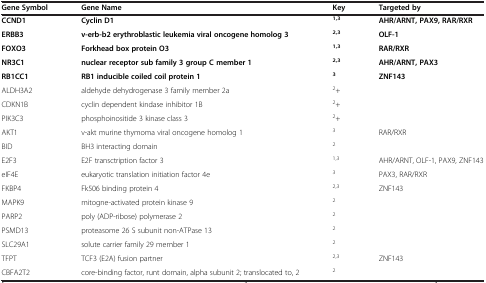
| Gene Symbol | Gene Name | Key | Targeted by |
 | --- | --- | --- | --- |
 | CCND1 | Cyclin D1 | 1,3 | AHR/ARNT, PAX9, RAR/RXR |
 | ERBB3 | v-erb-b2 erythroblastic leukemia viral oncogene homolog 3 | 2,3 | OLF-1 |
 | FOXO3 | Forkhead box protein O3 | 1,3 | RAR/RXR |
 | NR3C1 | nuclear receptor sub family 3 group C member 1 | 2,3 | AHR/ARNT, PAX3 |
 | RB1CC1 | RB1 inducible coiled coil protein 1 | 3 | ZNF143 |
 | ALDH3A2 | aldehyde dehydrogenase 3 family member 2a | 2+ |  |
 | CDKN1B | cyclin dependent kindase inhibitor 1B | 2+ |  |
 | PIK3C3 | phosphoinositide 3 kinase class 3 | 2+ |  |
 | AKT1 | v-akt murine thymoma viral oncogene homolog 1 | 3 | RAR/RXR |
 | BID | BH3 interacting domain | 2 |  |
 | E2F3 | E2F transctription factor 3 | 1,3 | AHR/ARNT, OLF-1, PAX9, ZNF143 |
 | eIF4E | eukaryotic translation initiation factor 4e | 3 | PAX3, RAR/RXR |
 | FKBP4 | Fk506 binding protein 4 | 2,3 | ZNF143 |
 | MAPK9 | mitogne-activated protein kinase 9 | 2 |  |
 | PARP2 | poly (ADP-ribose) polymerase 2 | 2 |  |
 | PSMD13 | proteasome 26 S subunit non-ATPase 13 | 2 |  |
 | SLC29A1 | solute carrier family 29 member 1 | 2 |  |
 | TFPT | TCF3 (E2A) fusion partner | 2,3 | ZNF143 |
 | CBFA2T2 | core-binding factor, runt domain, alpha subunit 2; translocated to, 2 | 2 |  |